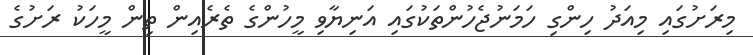
މިރަށުގައި މިއަދު ހިންގި ހަމަނުޖެހުންތަކުގައި އަނިޔާވި މީހުންގެ ތެރެއިން ތިން މީހަކު ރަށުގެ